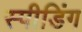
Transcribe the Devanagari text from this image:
स्‍पीडिंग